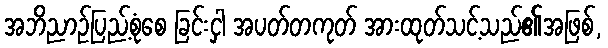
အဘိညာဉ်ပြည့်စုံစေ ခြင်းငှါ အပတ်တကုတ် အားထုတ်သင့်သည်၏အဖြစ်,